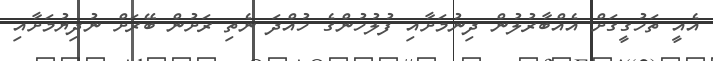
އެއީ ތަހުގީގަށް އެއްބާރުލުން ދިނުމަށާއި ފުލުހުންގެ ހުއްދަ ނެތި ރަށުން ބޭރަށް ނުދިޔުމަށާއި